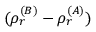
( \rho _ { r } ^ { ( B ) } - \rho _ { r } ^ { ( A ) } )